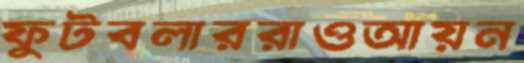
ফুটবলাররাওআয়ন